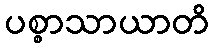
ပစ္စာသာယာတိ